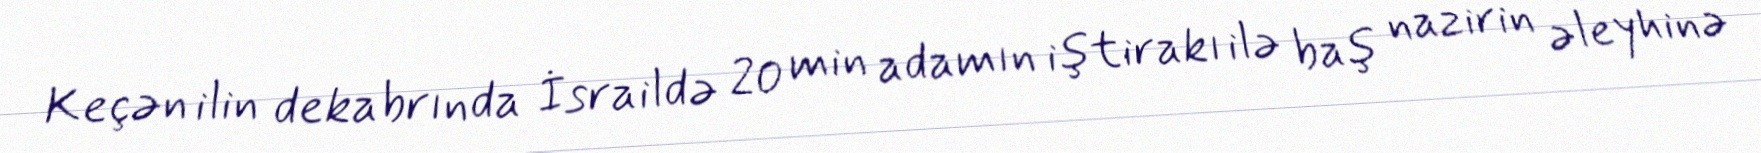
Keçən ilin dekabrında İsraildə 20 min adamın iştirakı ilə baş nazirin əleyhinə